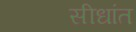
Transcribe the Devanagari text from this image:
सीधांत